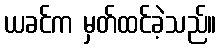
ယခင်က မှတ်ထင်ခဲ့သည်။